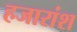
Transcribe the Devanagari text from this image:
हजारांश